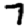
Digit: 7